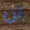
أن